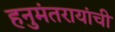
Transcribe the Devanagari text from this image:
हनुमंतरायांची